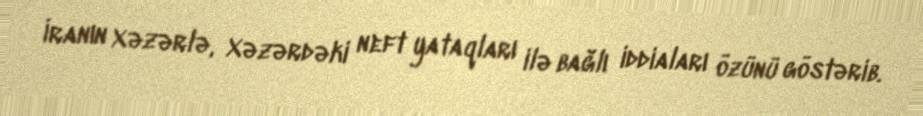
İranın Xəzərlə, Xəzərdəki neft yataqları ilə bağlı iddiaları özünü göstərib.